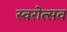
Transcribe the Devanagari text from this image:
स्वरोत्सव